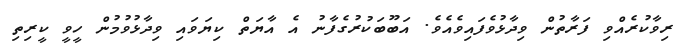
ރިވާކުރެއްވި ފަރާތުން ވިދާޅުވެފައިވެއެވެ. އަބޫބަކުރުގެފާނު އެ އާޔަތް ކިޔަވައި ވިދާޅުވުމުން ހީވީ ކީރިތި